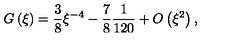
G \left( \xi \right) = \frac { 3 } { 8 } \xi ^ { - 4 } - \frac { 7 } { 8 } \frac { 1 } { 1 2 0 } + O \left( \xi ^ { 2 } \right) ,